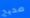
صحيح